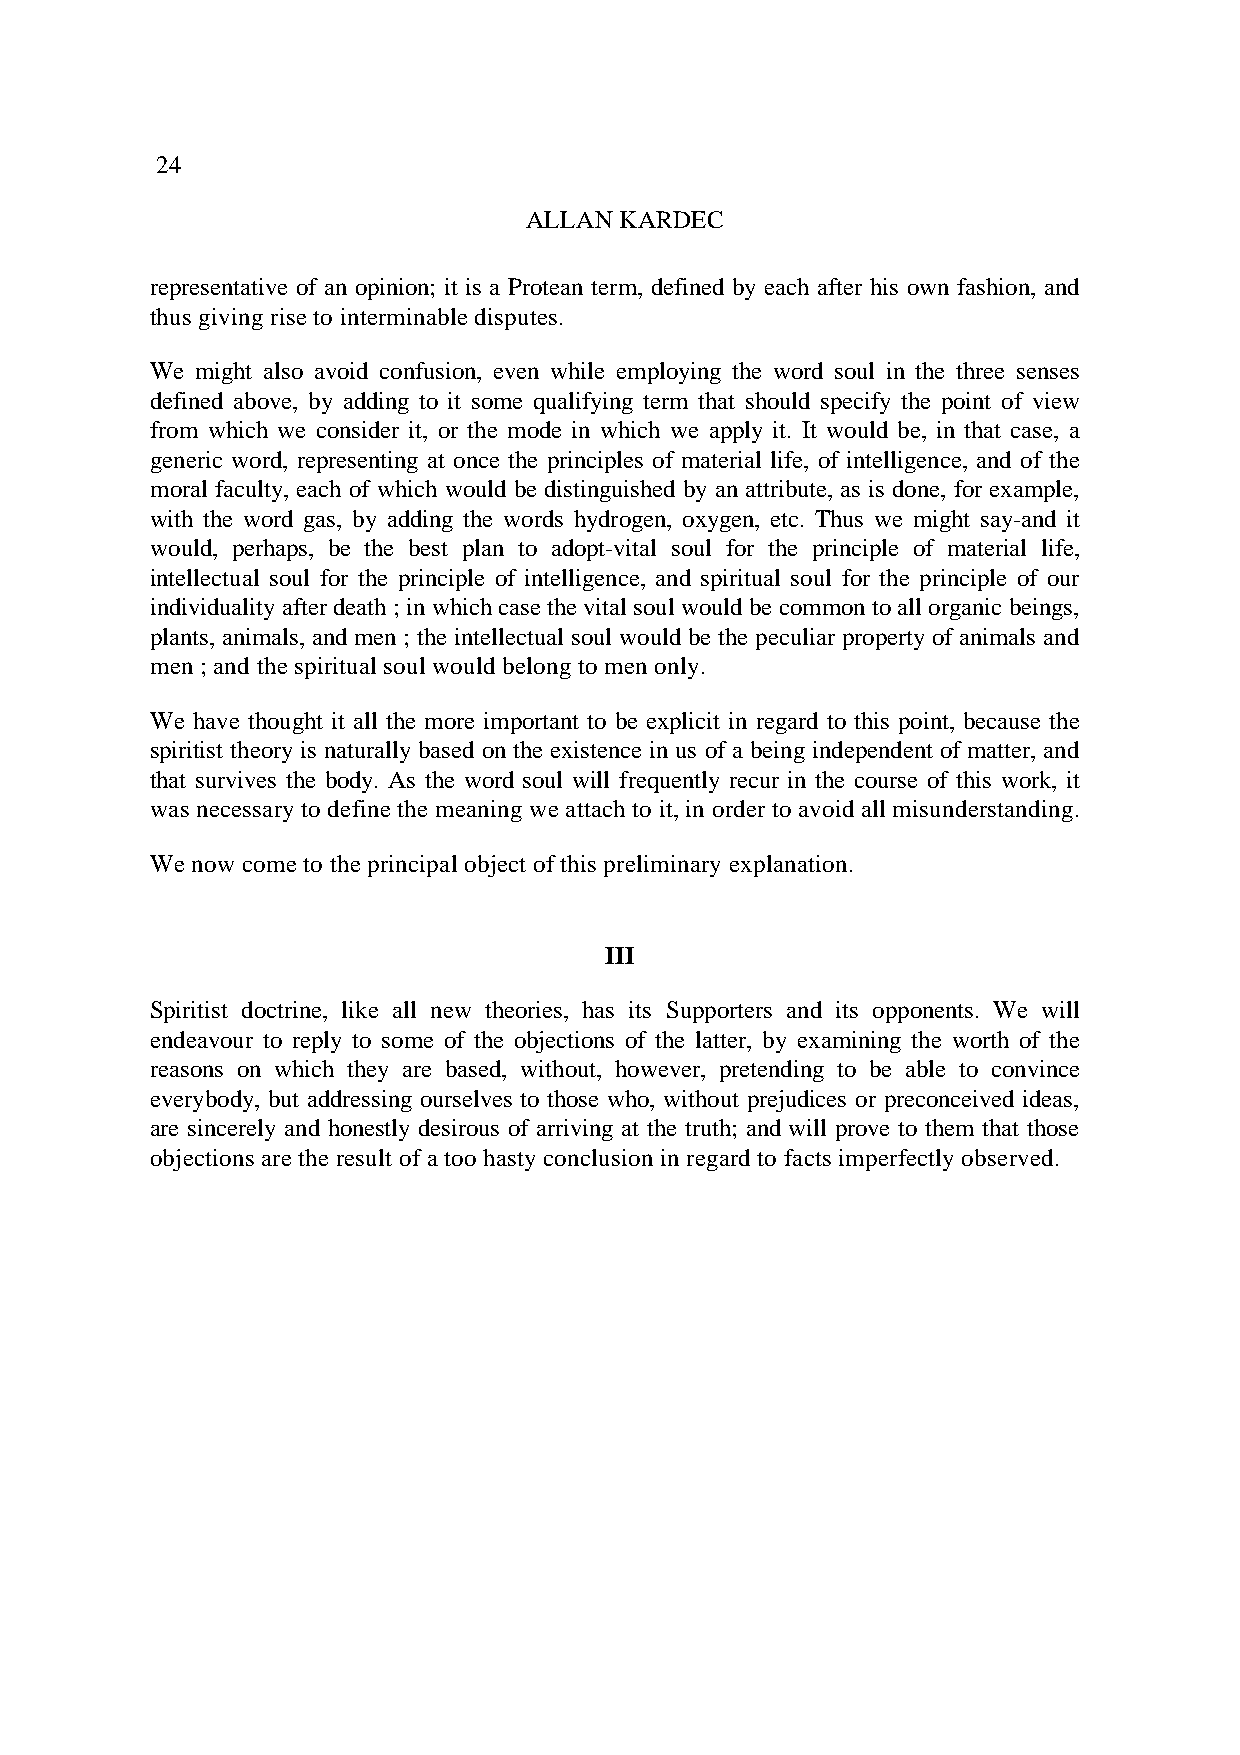
24
 ALLAN KARDEC
 representative of an opinion; it is a Protean term, defined by each after his own fashion, and
 thus giving rise to interminable disputes.
 We might also avoid confusion, even while employing the word soul in the three senses
 defined above, by adding to it some qualifying term that should specify the point of view
 from which we consider it, or the mode in which we apply it. It would be, in that case, a
 generic word, representing at once the principles of material life, of intelligence, and of the
 moral faculty, each of which would be distinguished by an attribute, as is done, for example,
 with the word gas, by adding the words hydrogen, oxygen, etc. Thus we might say-and it
 would, perhaps, be the best plan to adopt-vital soul for the principle of material life,
 intellectual soul for the principle of intelligence, and spiritual soul for the principle of our
 individuality after death ; in which case the vital soul would be common to all organic beings,
 plants, animals, and men ; the intellectual soul would be the peculiar property of animals and
 men ; and the spiritual soul would belong to men only.
 We have thought it all the more important to be explicit in regard to this point, because the
 spiritist theory is naturally based on the existence in us of a being independent of matter, and
 that survives the body. As the word soul will frequently recur in the course of this work, it
 was necessary to define the meaning we attach to it, in order to avoid all misunderstanding.
 We now come to the principal object of this preliminary explanation.
 III
 Spiritist doctrine, like all new theories, has its Supporters and its opponents. We will
 endeavour to reply to some of the objections of the latter, by examining the worth of the
 reasons on which they are based, without, however, pretending to be able to convince
 everybody, but addressing ourselves to those who, without prejudices or preconceived ideas,
 are sincerely and honestly desirous of arriving at the truth; and will prove to them that those
 objections are the result of a too hasty conclusion in regard to facts imperfectly observed.